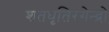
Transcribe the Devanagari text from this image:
शतधृतिरगेन्द्रो